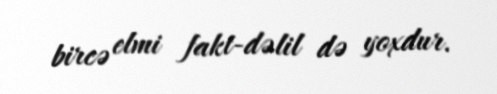
bircə elmi fakt-dəlil də yoxdur.